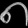
Digit: ၈